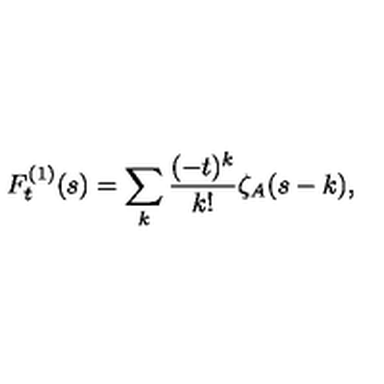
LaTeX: F _ { t } ^ { ( 1 ) } ( s ) = \sum _ { k } \frac { ( - t ) ^ { k } } { k ! } \zeta _ { A } ( s - k ) ,